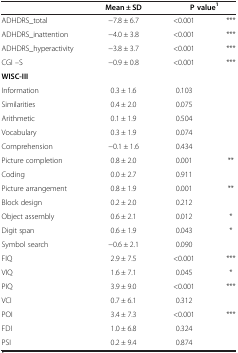
|  | Mean ± SD | <COLSPAN=2> P value1 |
 | --- | --- | --- | --- |
 | ADHDRS_total | −7.8 ± 6.7 | <0.001 | *** |
 | ADHDRS_inattention | −4.0 ± 3.8 | <0.001 | *** |
 | ADHDRS_hyperactivity | −3.8 ± 3.7 | <0.001 | *** |
 | CGI –S | −0.9 ± 0.8 | <0.001 | *** |
 | WISC-III |  |  |  |
 | Information | 0.3 ± 1.6 | 0.103 |  |
 | Similarities | 0.4 ± 2.0 | 0.075 |  |
 | Arithmetic | 0.1 ± 1.9 | 0.504 |  |
 | Vocabulary | 0.3 ± 1.9 | 0.074 |  |
 | Comprehension | −0.1 ± 1.6 | 0.434 |  |
 | Picture completion | 0.8 ± 2.0 | 0.001 | ** |
 | Coding | 0.0 ± 2.7 | 0.911 |  |
 | Picture arrangement | 0.8 ± 1.9 | 0.001 | ** |
 | Block design | 0.2 ± 2.0 | 0.212 |  |
 | Object assembly | 0.6 ± 2.1 | 0.012 | * |
 | Digit span | 0.6 ± 1.9 | 0.043 | * |
 | Symbol search | −0.6 ± 2.1 | 0.090 |  |
 | FIQ | 2.9 ± 7.5 | <0.001 | *** |
 | VIQ | 1.6 ± 7.1 | 0.045 | * |
 | PIQ | 3.9 ± 9.0 | <0.001 | *** |
 | VCI | 0.7 ± 6.1 | 0.312 |  |
 | POI | 3.4 ± 7.3 | <0.001 | *** |
 | FDI | 1.0 ± 6.8 | 0.324 |  |
 | PSI | 0.2 ± 9.4 | 0.874 |  |